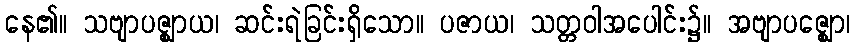
နေ၏။ သဗျာပဇ္ဈာယ၊ ဆင်းရဲခြင်းရှိသော။ ပဇာယ၊ သတ္တဝါအပေါင်း၌။ အဗျာပဇ္ဈော၊